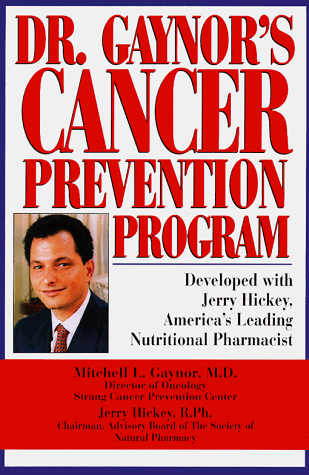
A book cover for Dr. Gaynor's Cancer Prevention Program; M. Gaynor; Health, Fitness & Dieting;